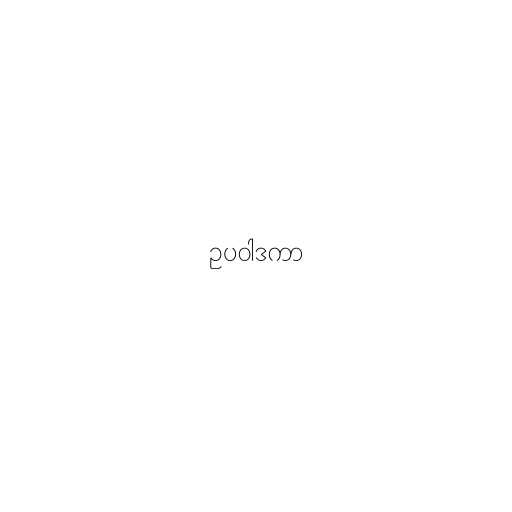
ဥပဝါဒကာ